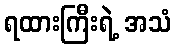
ရထားကြီးရဲ့ အသံ